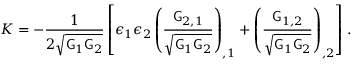
K = - \frac { 1 } { 2 \sqrt { \mathsf { G } _ { 1 } \mathsf { G } _ { 2 } } } \left[ \epsilon _ { 1 } \epsilon _ { 2 } \left( \frac { \mathsf { G } _ { 2 , 1 } } { \sqrt { \mathsf { G } _ { 1 } \mathsf { G } _ { 2 } } } \right) _ { , 1 } + \left( \frac { \mathsf { G } _ { 1 , 2 } } { \sqrt { \mathsf { G } _ { 1 } \mathsf { G } _ { 2 } } } \right) _ { , 2 } \right] \, .